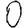
Digit: 0